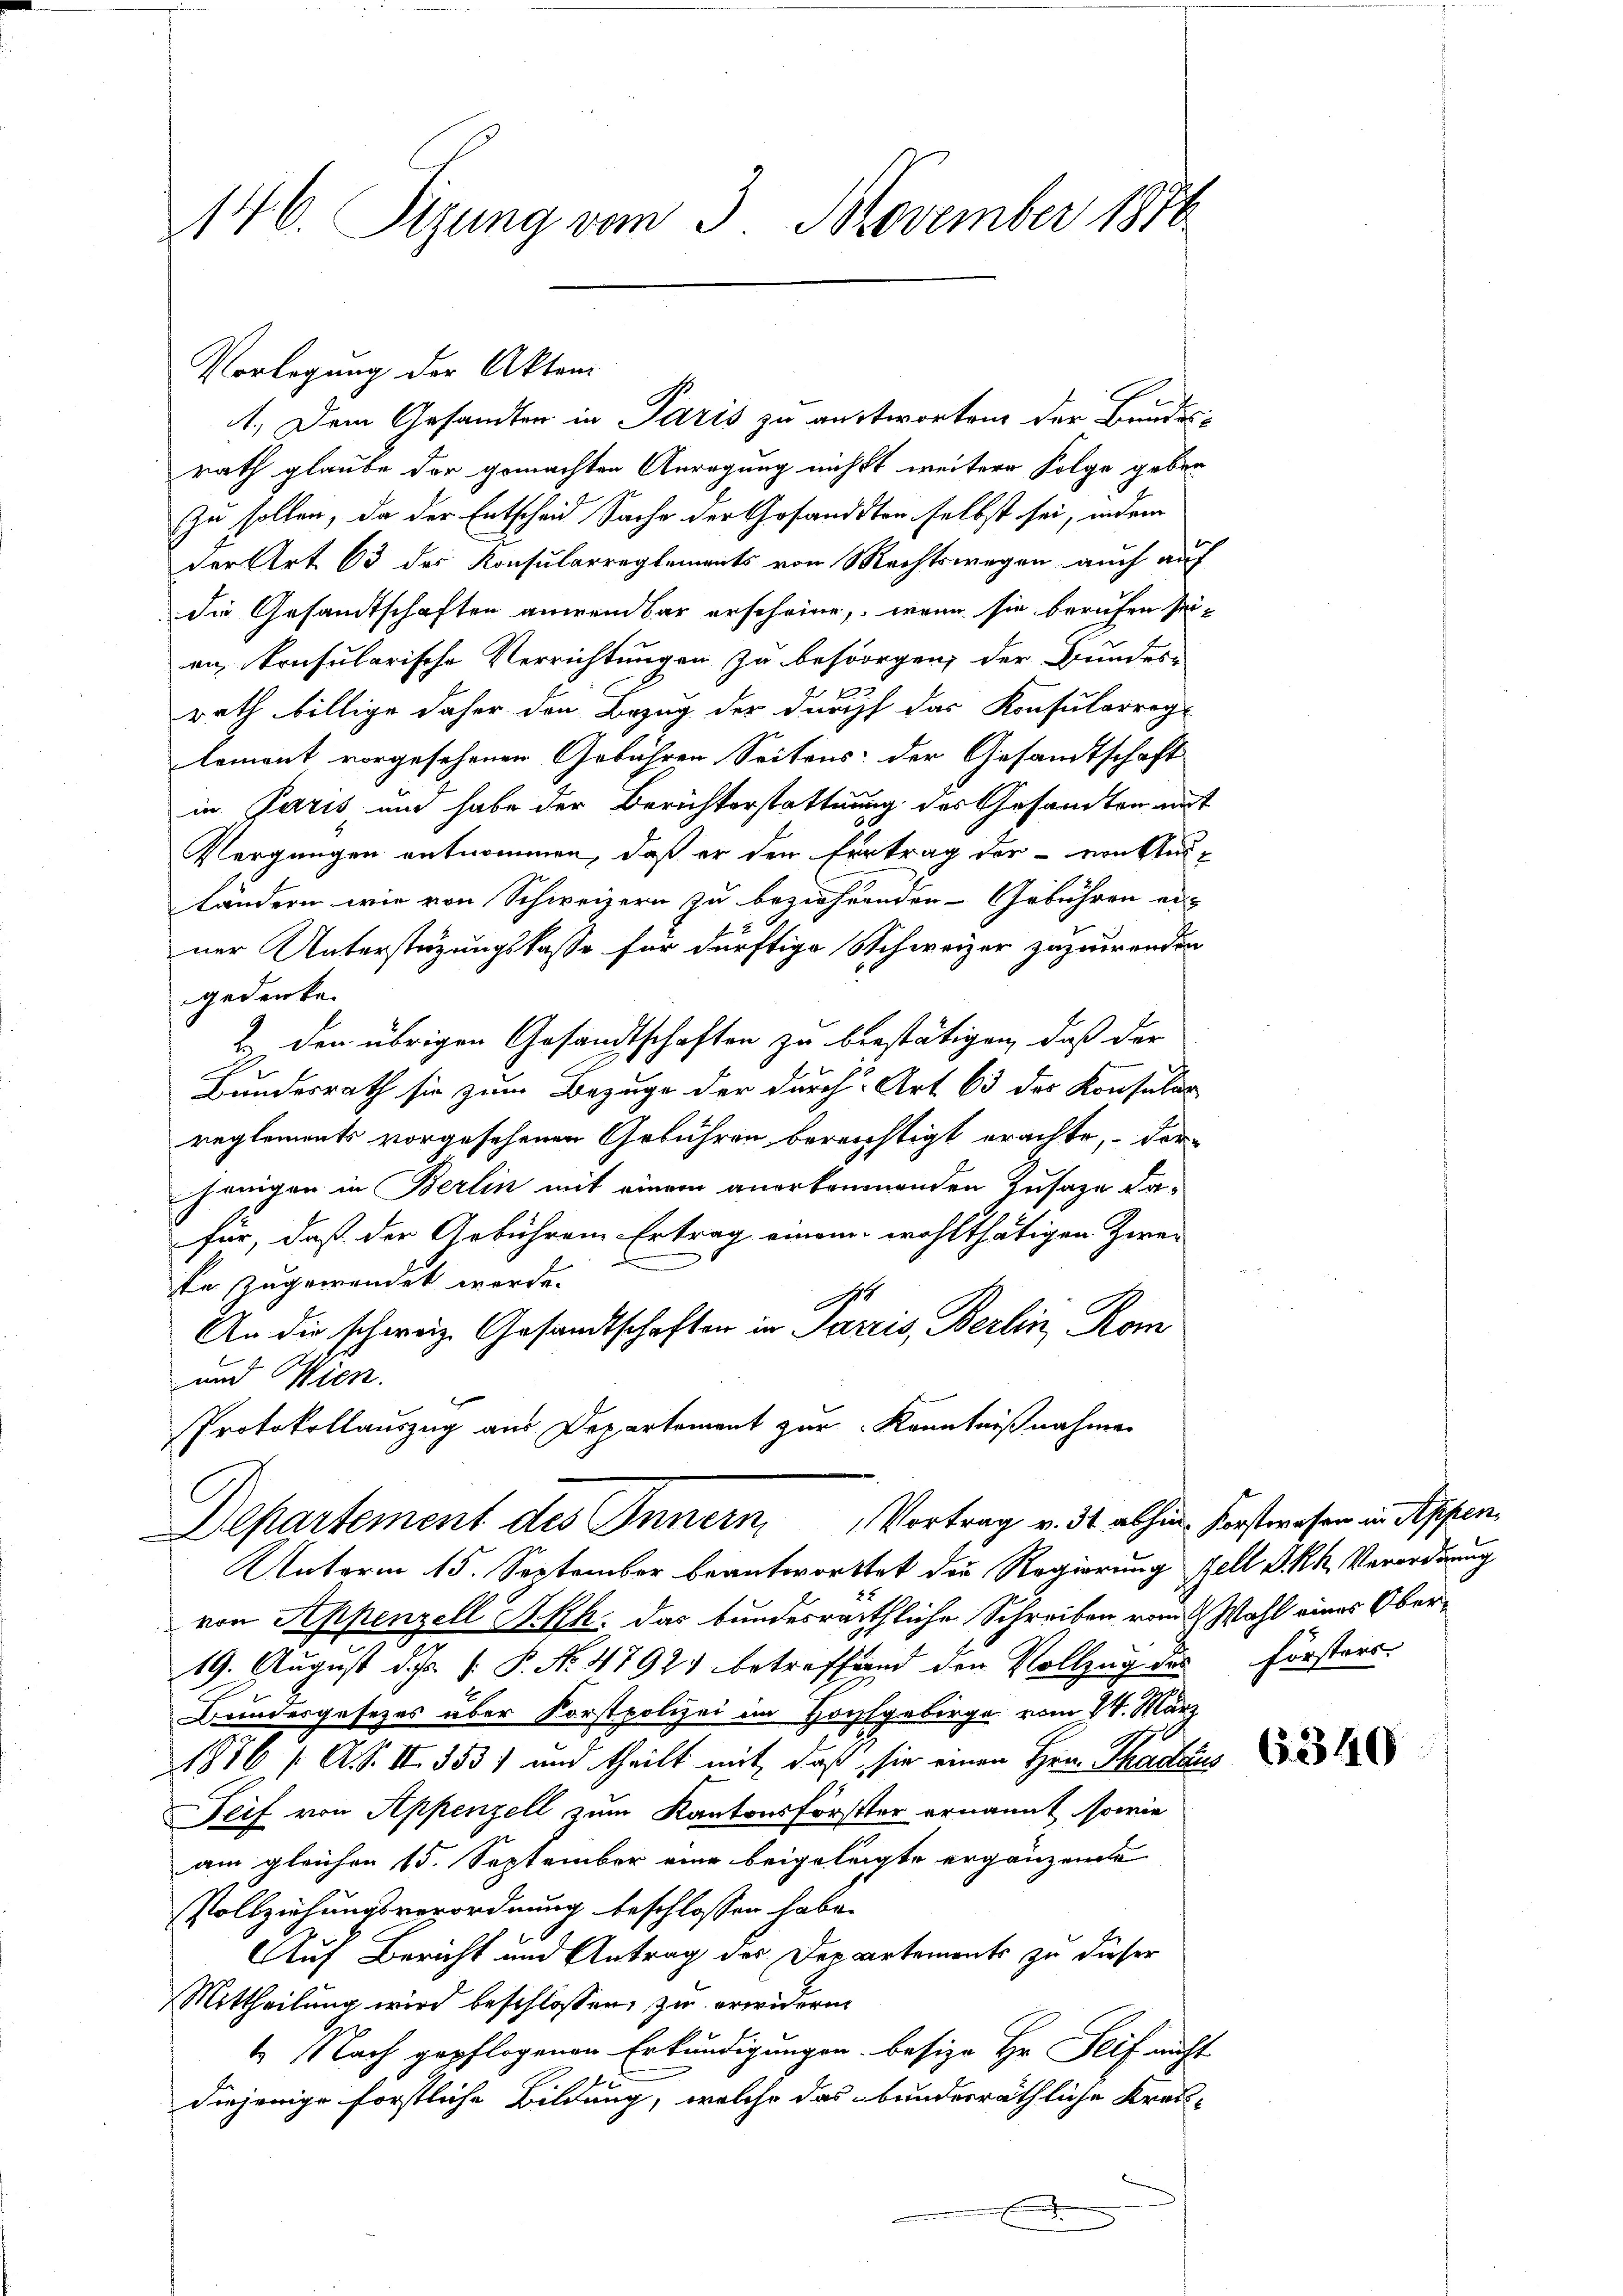
146. Sizung vom 3. November 1876

Vorlegung der Akten
rath glaube der gemachten Anregung nichts weitere Folge geben
zu sollen, da der Entscheid Sache der Gesandten selbst sei, indem
der Art 63 des Konsularreglements von Mechtswegen auch auf
die Gesandtschaften anwendbar erscheine, wenn sie berufen seien, konsularische Verrichtungen zu besorgen, der Bundes-
rath billige daher den Bezug der durch das Konsularrege
lement vorgesehenen Gebühren Seitens der Gesandtschaft
in Paris, um habe der Berichterstattung des Gesandten amt
Vergnügen entnommen, daß er den Ertrag der - von Ausländern wie von Schweizern zu beziehenden Gebühren erner Unterstüzungskasse für dürftige Schweizer zuzuwenden
gedenke.
2. den übrigen Gesandtschaften zu bestätigen, daß der
Bundesrath sie zum Bezuge der durch Art 63 des Konsular
reglements vorgesehenen Gebühren bereichtigt erachte, der
jenigen in Berlin mit einem anerkennenden Zusage dafür, daß der Gebühren Ertrag einem wohlthätigen Zwei
se zugewendet werde.
d
An die schweiz. Gesandtschaften in Paris, Berlin, Rom
und Wien.
Protokollauszug aus Departement zur Kenntnißnahmen
Departement des Innern Vortrag v. 31. abhin Forstwesen in Appen,
Unterm 15. September beantworttet der Regierung zell I.Rh. Verordnung
von Appenzell A.Rh. das bundesräthliche Schreiben vom 2. Wahl eines Ober¬
19. August d. Js. 1. P. No 4792 betreffend den Vollzug des Försters
Bundesgesetzes über Korstpolizei im Hochgebirge vom 24. März
1876 / A. S. II 353) und theilt mit, daß, sie einen Hrn. Thadaus
Teif von Appenzell zum Kantonsförstter ernannt, sowie
am gleichen 15. September eine beigelegte ergänzende
Vollziehungsverordnung beschlossen habe.
Auf Bericht und Antrag des Departements zu dieser
Mittheilung wird beschlossen, zu erwidern
1 Nach gepflogenen Erkundigungen besize Hr. Seif nicht
diejenige forstliche Bildung, welche das bundesräthliche Kreis¬

1.) Dem Gesandten in Paris zu antworten der Bundes-

6340